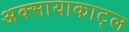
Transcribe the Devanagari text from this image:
अक्सायाकाट्ल